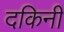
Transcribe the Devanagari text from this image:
दकिनी